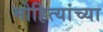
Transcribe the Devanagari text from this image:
मोहित्यांच्या